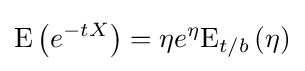
{\text{E}}\left(e^{-tX}\right)=\eta e^{\eta }{\text{E}}_{t/b}\left(\eta \right)